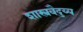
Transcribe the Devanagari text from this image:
शास्त्रवैदुय्य